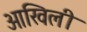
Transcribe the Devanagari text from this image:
आखिली